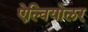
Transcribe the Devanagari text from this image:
ऐल्वियोलर